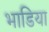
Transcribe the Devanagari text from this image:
भाडिया